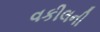
વકીલની